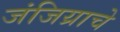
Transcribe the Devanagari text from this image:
जंजिय्राचे